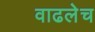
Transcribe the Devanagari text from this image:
वाढलेच